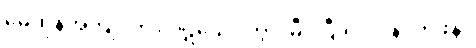
မေထုန်အကျင့်ကို။ ပဋိသေဝိတွာ၊ မှီဝဲပြီး၍။ ပုန၊ တဖန်။